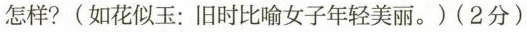
怎样?〔如花似玉：旧时比喻女子年轻美丽。)(2分)